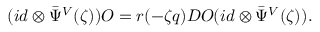
( i d \otimes { \bar { \Psi } } ^ { V } ( \zeta ) ) { \cal O } = r ( - \zeta q ) D { \cal O } ( i d \otimes { \bar { \Psi } } ^ { V } ( \zeta ) ) .